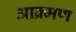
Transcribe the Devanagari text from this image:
आक्र्मण